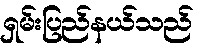
ရှမ်းပြည်နယ်သည်